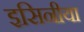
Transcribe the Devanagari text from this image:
इसिनीया